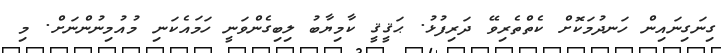
ގިނަގިނައިން ހަނދުމަކޮށް ކެތްތެރިވޭ ދަރިފުޅު. ޙަޤީޤީ ކާމިޔާބު ލިބިގެންވަނީ ހަމައެކަނި މުއުމިނުންނަށް. މި